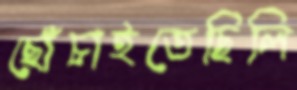
ছোঁচাইতেছিলি